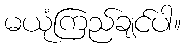
မယုံကြည်ချင်ပါ။